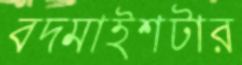
বদমাইশটার